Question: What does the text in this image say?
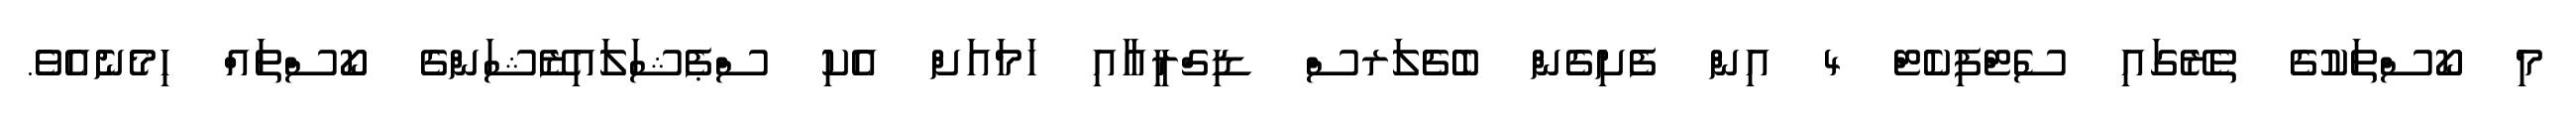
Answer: މި ކޯސްތަކުގެ ތެރޭގައި ސެޓްފިކެޓް 4 އިން ފެށިގެން ބެޗެލަރސް ޑިގްރީއާއި ހަމައަށް އެކި ސްޕެޝަލައިޒޭޝަންގެ ކޯސްތައް ހިމެނެއެވެ.